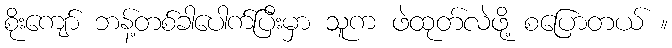
စိုးကျော် ဘန့်တစ်ခါပေါက်ပြီးမှာ သူက ဖဲထုတ်လဲဖို့ စပြောတယ် ။